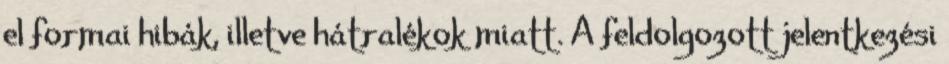
el formai hibák, illetve hátralékok miatt. A feldolgozott jelentkezési